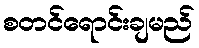
စတင်ရောင်းချမည်